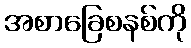
အစာခြေစနစ်ကို